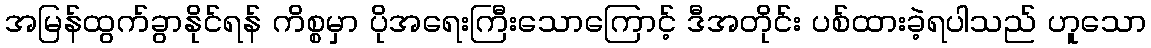
အမြန်ထွက်ခွာနိုင်ရန် ကိစ္စမှာ ပိုအရေးကြီးသောကြောင့် ဒီအတိုင်း ပစ်ထားခဲ့ရပါသည် ဟူသော